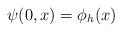
\begin{align*}\psi (0,x)=\phi _{h}(x) \end{align*}